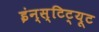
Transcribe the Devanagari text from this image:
इंन्स्टिट्यूट